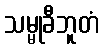
သမ္မုခီဘူတံ